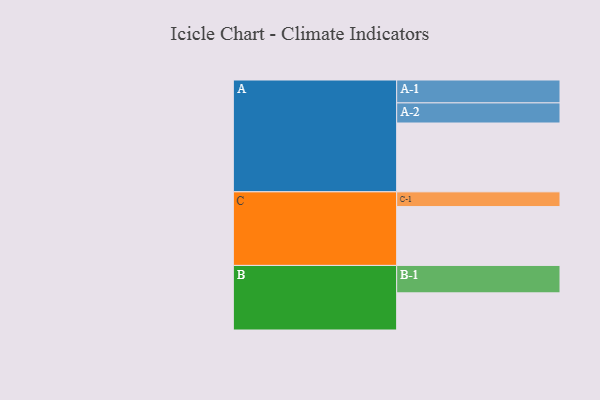
{"axis": {"x": "Segment", "y": "Value"}, "legend": ["", "A", "B", "C"], "data": [{"x": "A", "y": 565, "type": ""}, {"x": "B", "y": 305, "type": ""}, {"x": "C", "y": 483, "type": ""}, {"x": "A-1", "y": 188, "type": "A"}, {"x": "A-2", "y": 165, "type": "A"}, {"x": "B-1", "y": 225, "type": "B"}, {"x": "C-1", "y": 121, "type": "C"}]}